Civil Veterinary Department. Madras. Admin. report 1926-33 - 1926-1933
Year: 1926
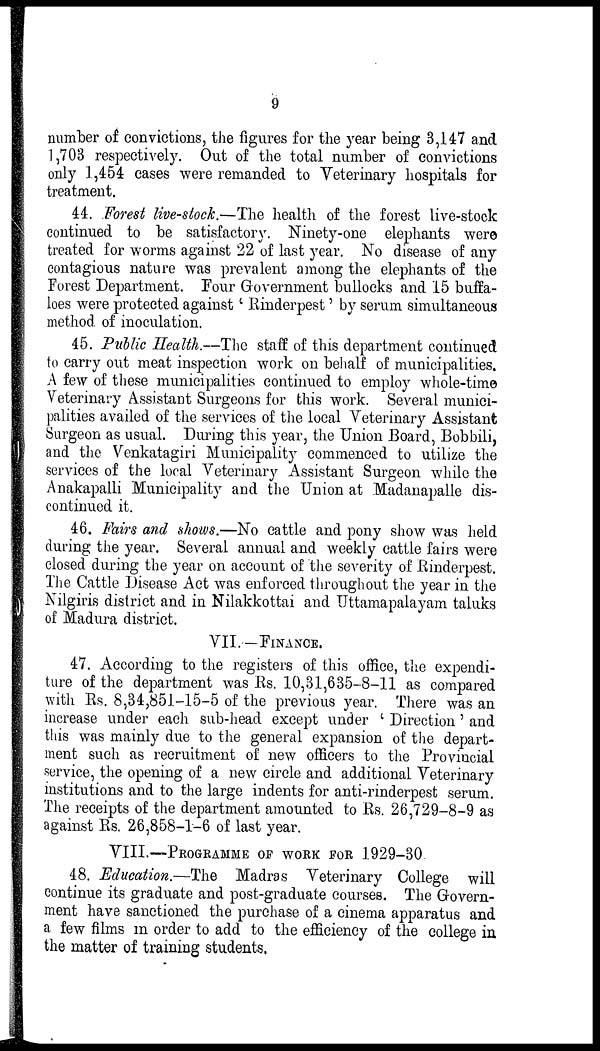
9
number of convictions, the figures for the year being 3,147 and
1,703 respectively. Out of the total number of convictions
only 1,454 cases were remanded to Veterinary hospitals for
treatment.
44. Forest live-stock.—The health of the forest live-stock
continued to be satisfactory. Ninety-one elephants were
treated for worms against 22 of last year. No disease of any
contagious nature was prevalent among the elephants of the
Forest Department. Four Government bullocks and 15 buffa-
loes were protected against 'Rinderpest' by serum simultaneous
method of inoculation.
45. Public Health.—The staff of this department continued
to carry out meat inspection work on behalf of municipalities.
A few of these municipalities continued to employ whole-time
Veterinary Assistant Surgeons for this work. Several munici-
palities availed of the services of the local Veterinary Assistant
Surgeon as usual. During this year, the Union Board, Bobbili,
and the Venkatagiri Municipality commenced to utilize the
services of the local Veterinary Assistant Surgeon while the
Anakapalli Municipality and the Union at Madanapalle dis-
continued it.
46. Fairs and shows.—No cattle and pony show was held
during the year. Several annual and weekly cattle fairs were
closed during the year on account of the severity of Rinderpest.
The Cattle Disease Act was enforced throughout the year in the
Nilgiris district and in Nilakkottai and Uttamapalayam taluks
of Madura district.
VII.—FINANCE.
47. According to the registers of this office, the expendi-
ture of the department was Rs. 10,31,635-8-11 as compared
with Rs. 8,34,851-15-5 of the previous year. There was an
increase under each sub-head except under 'Direction' and
this was mainly due to the general expansion of the depart-
ment such as recruitment of new officers to the Provincial
service, the opening of a new circle and additional Veterinary
institutions and to the large indents for anti-rinderpest serum.
The receipts of the department amounted to Rs. 26,729-8-9 as
against Rs. 26,858-1-6 of last year.
VIII.—PROGRAMME OF WORK FOR 1929-30.
48. Education.—The Madras Veterinary College will
continue its graduate and post-graduate courses. The Govern-
ment have sanctioned the purchase of a cinema apparatus and
a few films in order to add to the efficiency of the college in
the matter of training students.